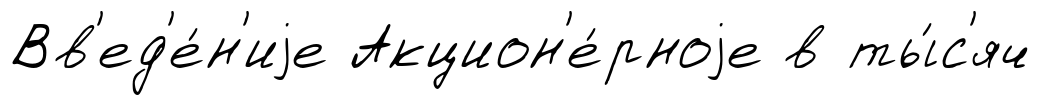
Вв'ед'е́н'иjе Акцион'е́рноjе в ты́с'яч